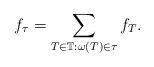
LaTeX: \begin{align*}f_\tau = \sum_{T \in \mathbb T : \omega(T) \in \tau}f_T.\end{align*}